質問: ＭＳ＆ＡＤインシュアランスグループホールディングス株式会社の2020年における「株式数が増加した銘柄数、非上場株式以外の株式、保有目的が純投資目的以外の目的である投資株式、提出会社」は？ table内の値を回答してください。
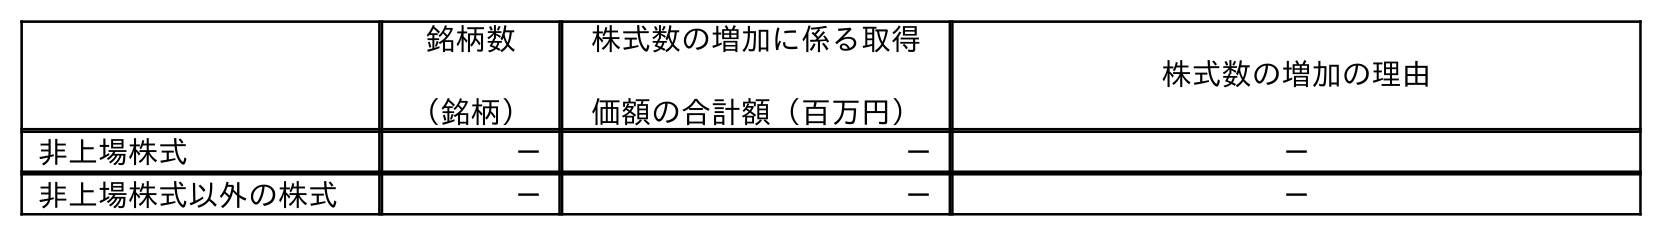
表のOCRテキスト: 銘柄数 （銘柄） 株式数の増加に係る取得 価額の合計額（百万円） 株式数の増加の理由 非上場株式 － － － 非上場株式以外の株式 － － －
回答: －